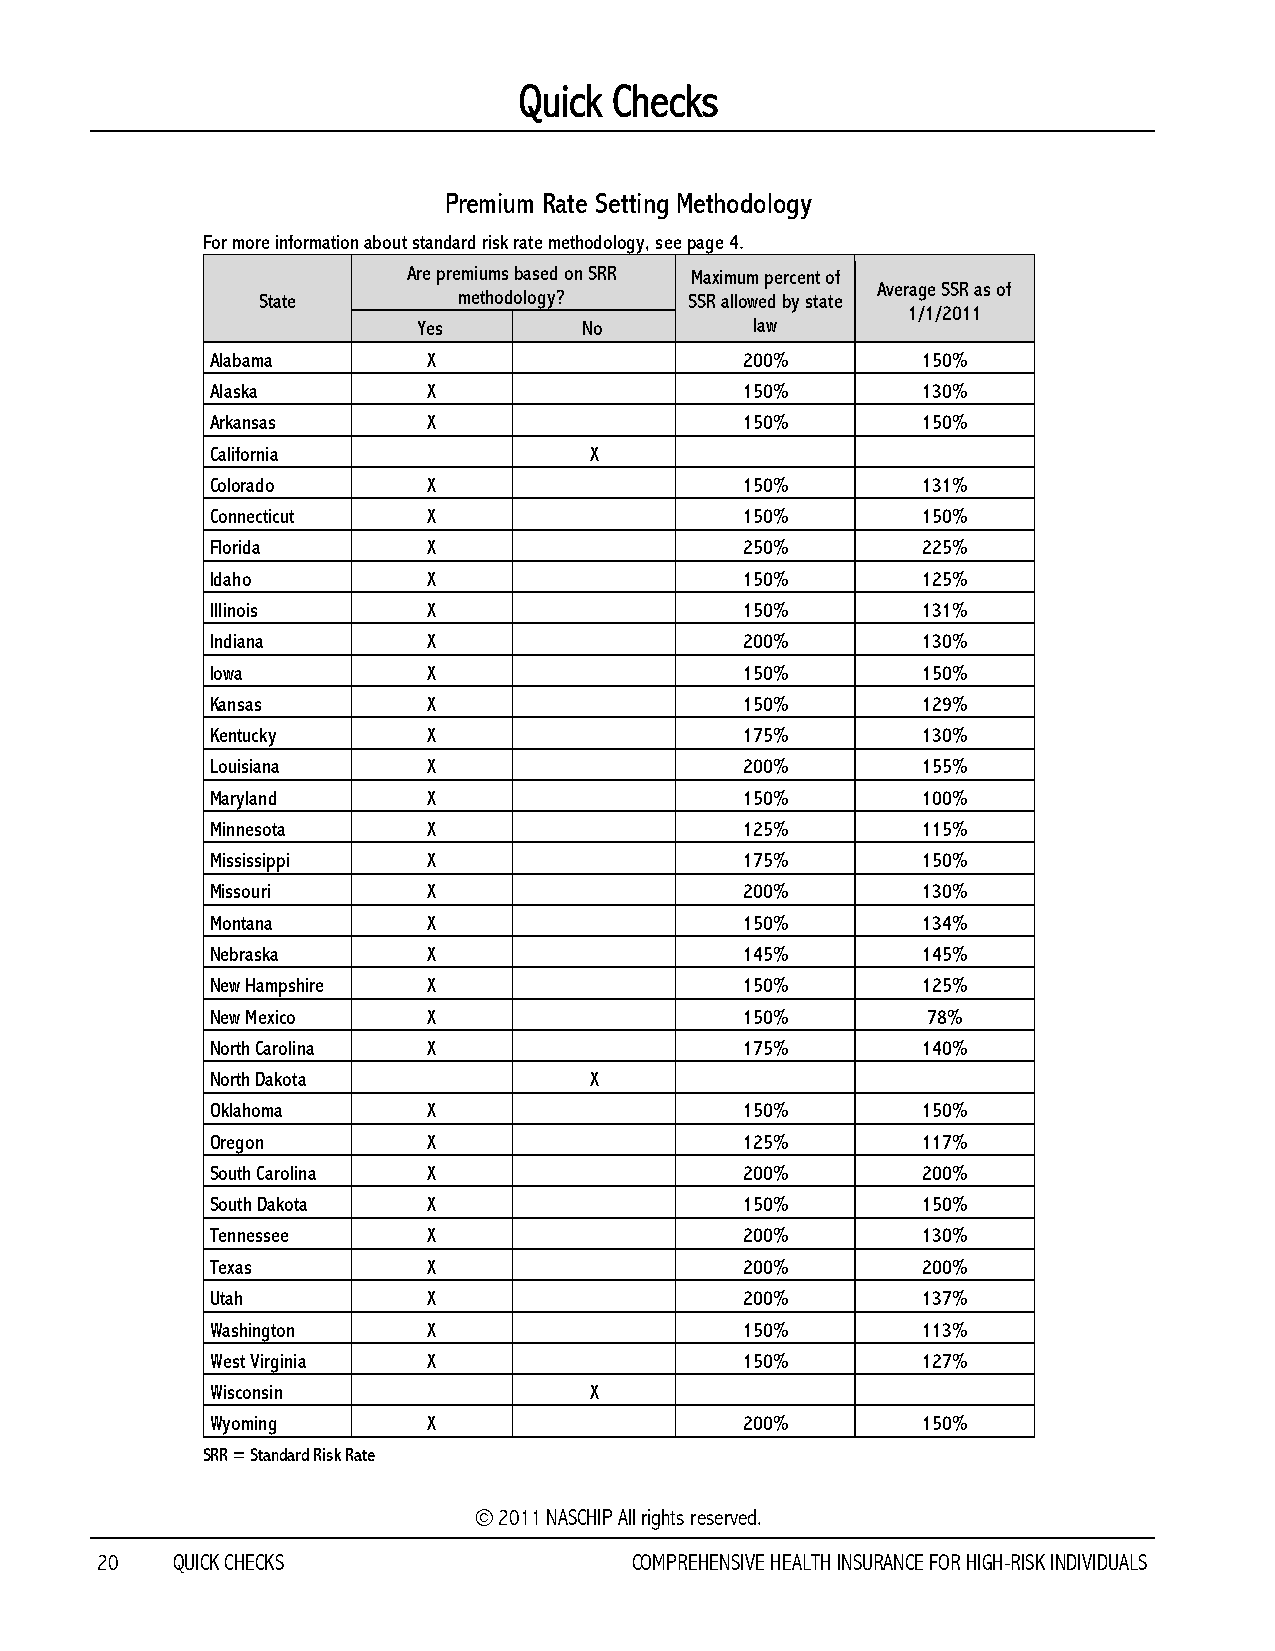
Quick  Checks
 Premium Rate Setting Methodology
 For more information about standard risk rate methodology, see page 4.
 Are premiums based on SRR Maximum percent of
 Average SSR as of
 State        methodology?    SSR allowed by state
 1/1/2011
 Yes        No         law
 Alabama       X                    200%        150%
 Alaska        X                    150%        130%
 Arkansas      X                    150%        150%
 California               X
 Colorado      X                    150%        131%
 Connecticut   X                    150%        150%
 Florida       X                    250%        225%
 Idaho         X                    150%        125%
 Illinois      X                    150%        131%
 Indiana       X                    200%        130%
 Iowa          X                    150%        150%
 Kansas        X                    150%        129%
 Kentucky      X                    175%        130%
 Louisiana     X                    200%        155%
 Maryland      X                    150%        100%
 Minnesota     X                    125%        115%
 Mississippi   X                    175%        150%
 Missouri      X                    200%        130%
 Montana       X                    150%        134%
 Nebraska      X                    145%        145%
 New Hampshire X                    150%        125%
 New Mexico    X                    150%        78%
 North Carolina X                   175%        140%
 North Dakota             X
 Oklahoma      X                    150%        150%
 Oregon        X                    125%        117%
 South Carolina X                   200%        200%
 South Dakota  X                    150%        150%
 Tennessee     X                    200%        130%
 Texas         X                    200%        200%
 Utah          X                    200%        137%
 Washington    X                    150%        113%
 West Virginia X                    150%        127%
 Wisconsin                X
 Wyoming       X                    200%        150%
 SRR = Standard Risk Rate
 © 2011 NASCHIP All rights reserved.
 20   QUICK CHECKS                   COMPREHENSIVE HEALTH INSURANCE FOR HIGH-RISK INDIVIDUALS